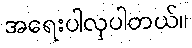
အရေးပါလှပါတယ်။